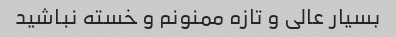
بسیار عالی و تازه ممنونم و خسته نباشید